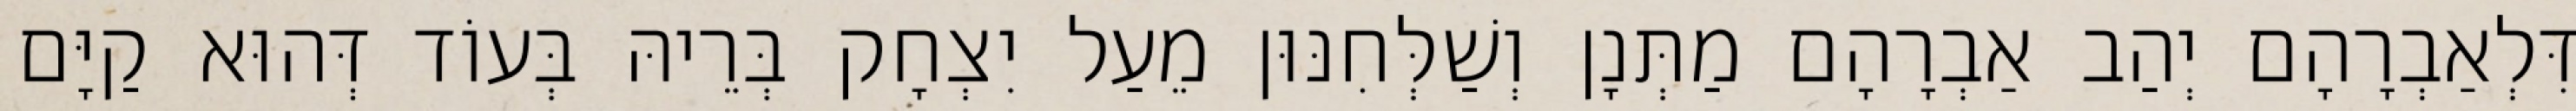
דִּלְאַבְרָהָם יְהַב אַבְרָהָם מַתְּנָן וְשַׁלְּחִנּוּן מֵעַל יִצְחָק בְּרֵיהּ בְּעוֹד דְּהוּא קַיָּם